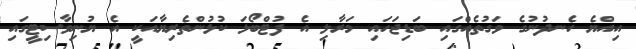
އިއްޔެ ހެނދުނުގެ ވަގުތެއްގައި ބަޑިޖަހައި މަރާލި އެ ފުޓްބޯޅަ ކުޅުންތެރިޔާއަކީ އެ ޔުނިވާސިޓީގައި